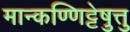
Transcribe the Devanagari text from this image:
मान्कण्णिट्टेषु़त्तु